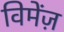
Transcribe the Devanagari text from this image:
विमेंज़